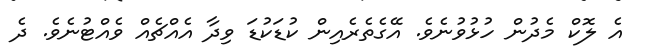
އެ ލޮކް މެދުން ހުޅުވުނެވެ. އޭގެތެރެއިން ކުޑަކުޑަ ވިދާ އެއްޗެއް ވެއްޓުނެވެ. ދެ